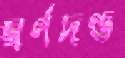
স্বর্ণদণ্ড